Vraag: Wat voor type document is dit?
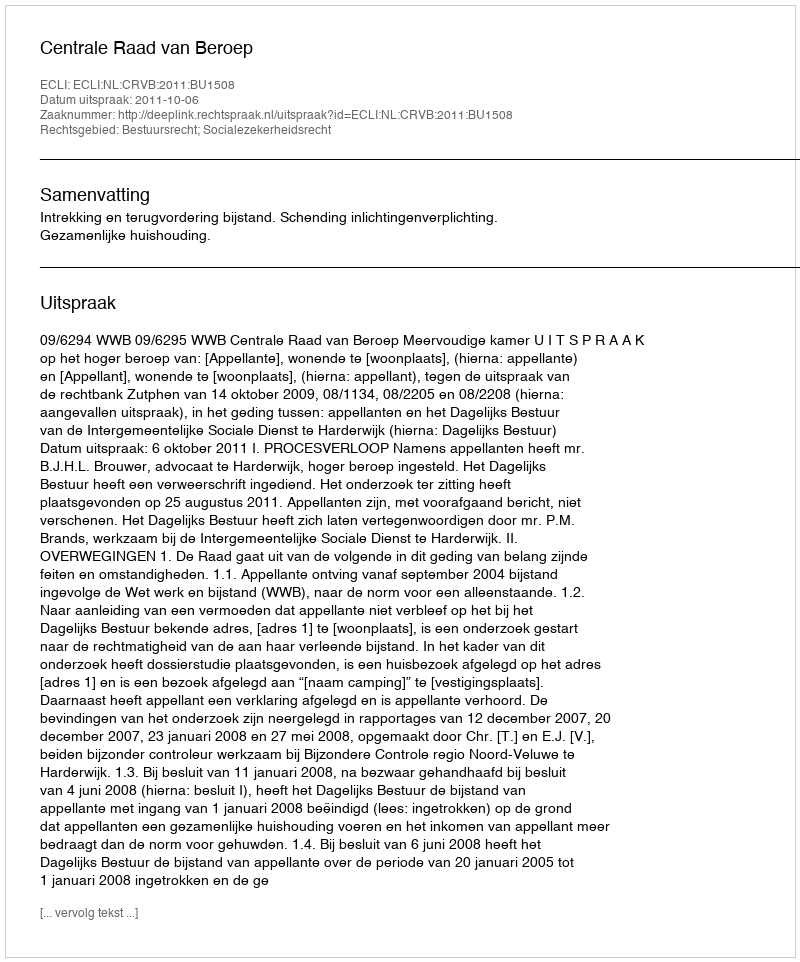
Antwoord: Uitspraak